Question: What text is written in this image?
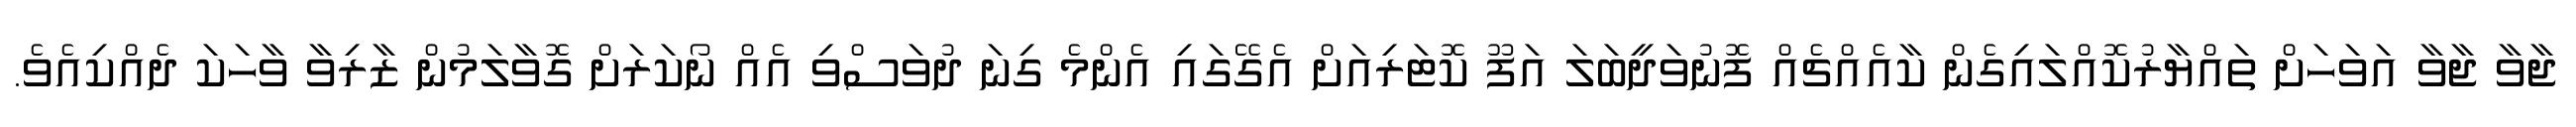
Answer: ޖާވާ ޖާވާ އަވަހަށް ތައްޔާރުކޮއްލައިގެން ކާއެއްޗެއް ފޮނުވަދީބަލަ އަފޫ ކޮޓަރިއަށް އެގޭގައި އެންމެ ގިނަ ދުވަސްވި އެއް ނޯކަރަށް ގޮވާލަމުން ޒާރިވާ ވާހަކަ ދެއްކިއެވެ.